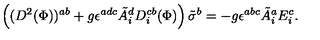
\left( ( D ^ { 2 } ( { \Phi } ) ) ^ { a b } + g \epsilon ^ { a d c } { \tilde { A } } _ { i } ^ { d } D _ { i } ^ { c b } ( { \Phi } ) \right) \tilde { \sigma } ^ { b } = - g \epsilon ^ { a b c } { \tilde { A } } _ { i } ^ { a } E _ { i } ^ { c } .